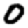
Digit: 0